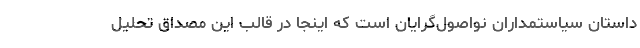
داستان سیاستمداران نواصول‌گرایان است که اینجا در قالب این مصداق تحلیل